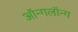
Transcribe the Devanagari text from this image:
ऑन्गलॉन्ग